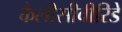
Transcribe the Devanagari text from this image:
कैलीसीवीरिडे